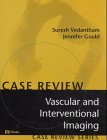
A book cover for Vascular and Interventional Imaging: Case Review Series, 1e; Suresh Vedantham; Medical Books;